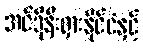
အင်ဒိုနီးရှားနိုင်ငံနှင့်